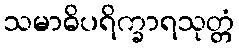
သမာဓိပရိက္ခာရသုတ္တံ